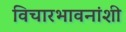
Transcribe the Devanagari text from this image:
विचारभावनांशी